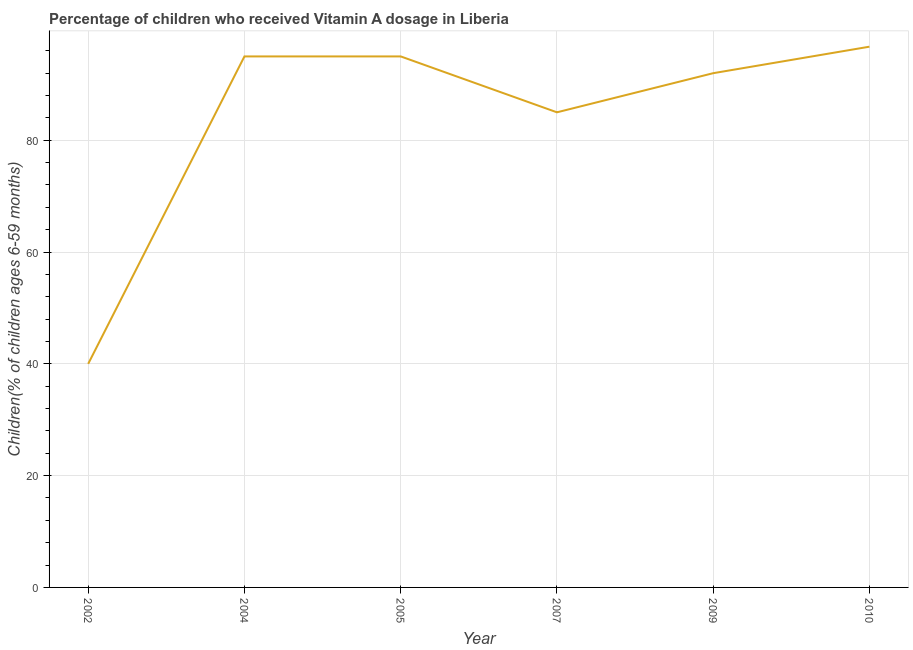
| Year | Vitamin A supplementation coverage rate  |
 | --- | --- |
 | 2002 | 40 |
 | 2004 | 95 |
 | 2005 | 95 |
 | 2007 | 85 |
 | 2009 | 92 |
 | 2010 | 96.7 |